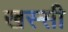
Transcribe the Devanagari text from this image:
खस्सी